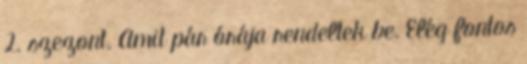
2. szezont. Amit pár órája rendeltek be. Elég fontos